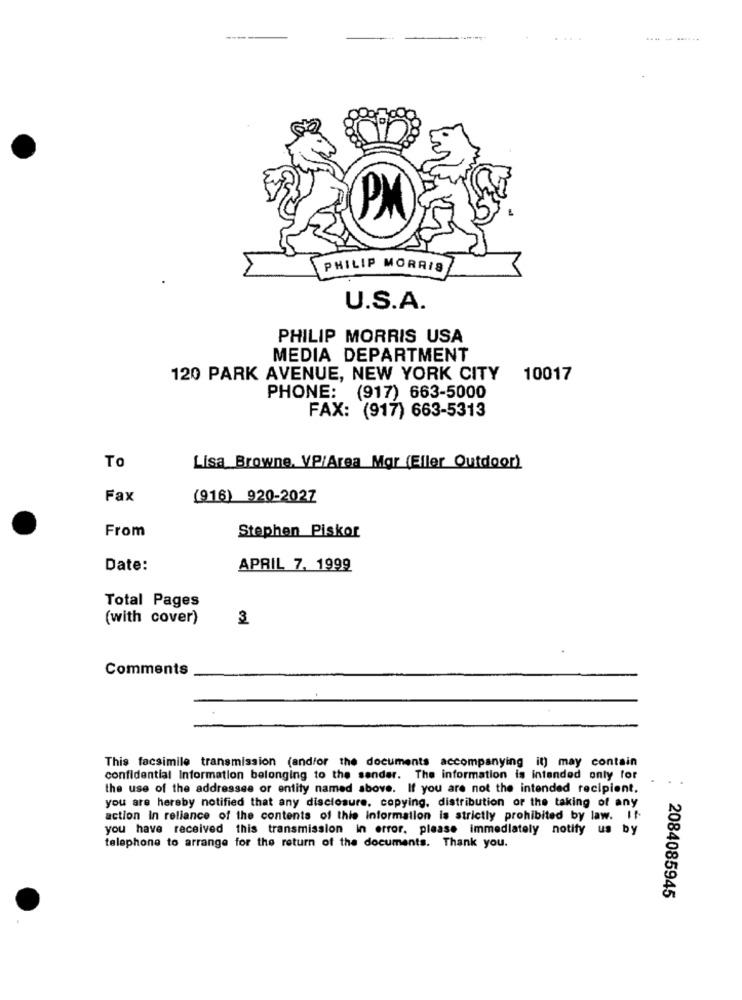
.........
PM
PHILIP MORRIS
U.S.A.
PHILIP MORRIS USA
MEDIA DEPARTMENT
120 PARK AVENUE, NEW YORK CITY
10017
PHONE: (917) 663-5000
FAX: (917) 663-5313
To
Lisa Browne, VP/Area Mar (Eller Outdoor)
Fax
(916) 920-2027
From
Stephen Piskor
Date:
APRIL 7, 1999
Total Pages
(with cover)
3
Comments
This facsimile transmission (and/or the documents accompanying it) may contain
confidential Information belonging to the sender. The information is intended only for
the use of the addressee or entity named above. If you are not the intended recipient.
you are hereby notified that any disclosure, copying, distribution or the taking of any
action In reliance of the contents of this Information is strictly prohibited by law. If-
you have received this transmission in error, please immediately notify us by
telephone to arrange for the return of the documents. Thank you.
2084085945